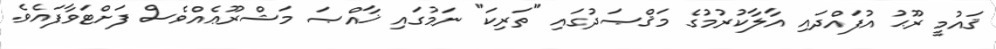
ޤައުމީ ރޫޙު އުފައްދައި އާލާކުރުމުގެ މަޤްޞަދުގައި "ތަރިކަ" ނަމުގައި ޚާއްޞަ މަޝްރޫޢެއްވެސް ފަށްޓަވާފައެވެ.